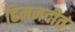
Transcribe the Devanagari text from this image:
हिमनदीत